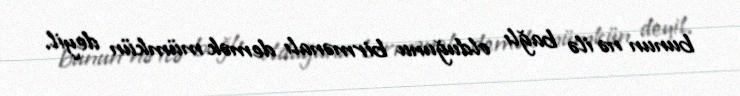
bunun nə ilə bağlı olduğunu birmənalı demək mümkün deyil.